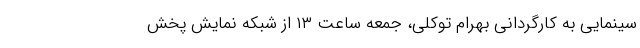
سینمایی به کارگردانی بهرام توکلی، جمعه ساعت ۱۳ از شبکه نمایش پخش